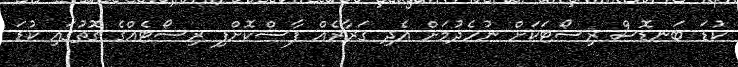
ކުޑަ ބަނޑޮސް ރިސޯޓަކަށް ނުހެދުމަށް އެދި ގަރާރެއް ފާސްކޮށްފި ރިސޯޓެއްގެ ގޮތުގައި ކުޑަ